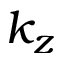
k _ { z }